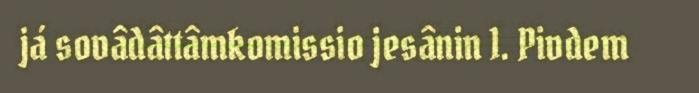
já sovâdâttâmkomissio jesânin 1. Pivdem